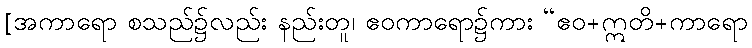
[အကာရော စသည်၌လည်း နည်းတူ၊ ဧဝကာရော၌ကား “ဧဝ+ဣတိ+ကာရော